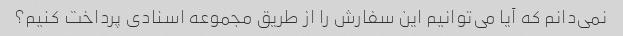
نمی‌دانم که آیا می‌توانیم این سفارش را از طریق مجموعه اسنادی پرداخت کنیم؟